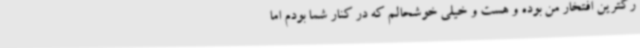
رگترین افتخار من بوده و هست و خیلی خوشحالم که در کنار شما بودم اما